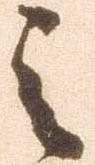
之